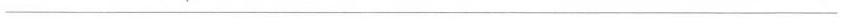
___